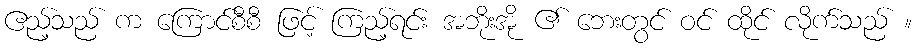
ဧည့်သည် က ကြောင်စီစီ ဖြင့် ကြည့်ရင်း အဘိုးအို ၏ ဘေးတွင် ဝင် ထိုင် လိုက်သည် ။